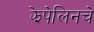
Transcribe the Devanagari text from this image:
झेपेलिनचे